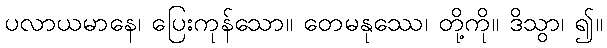
ပလာယမာနေ၊ ပြေးကုန်သော။ တေမနုဿေ၊ တို့ကို။ ဒိသွာ၊ ၍။